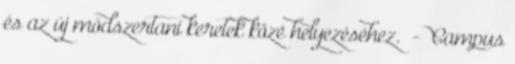
és az új módszertani keretek közé helyezéséhez. - Campus